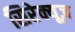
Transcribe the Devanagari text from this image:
सिरेक्यूज़